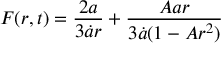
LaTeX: F ( r , t ) = \frac { 2 a } { 3 \dot { a } r } + \frac { A a r } { 3 \dot { a } ( 1 - A r ^ { 2 } ) }